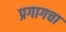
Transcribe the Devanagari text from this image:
प्रगागचा